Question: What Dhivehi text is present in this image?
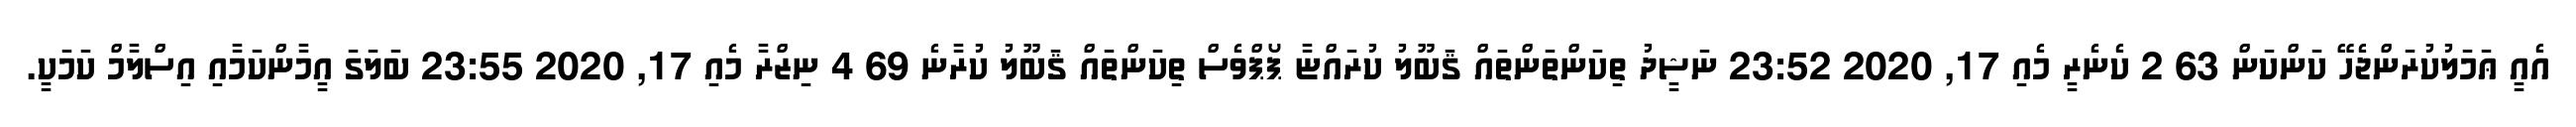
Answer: އެއީ ޢަމަލުކުރަންޖެހޭ ކަންކަން 63 2 ކެނެރީ މެއި 17, 2020 23:52 ނަޝީދު ތިކަންތަންތައް ޤަބޫލު ކުރައްޏާ ޕޯޕްވެސް ތިކަންތައް ޤަބޫލު ކުރާނެ 69 4 ނިޒްރާ މެއި 17, 2020 23:55 ބަލަގަ އީމާންކަމާއި އިސްލާމް ކަމަކީ.